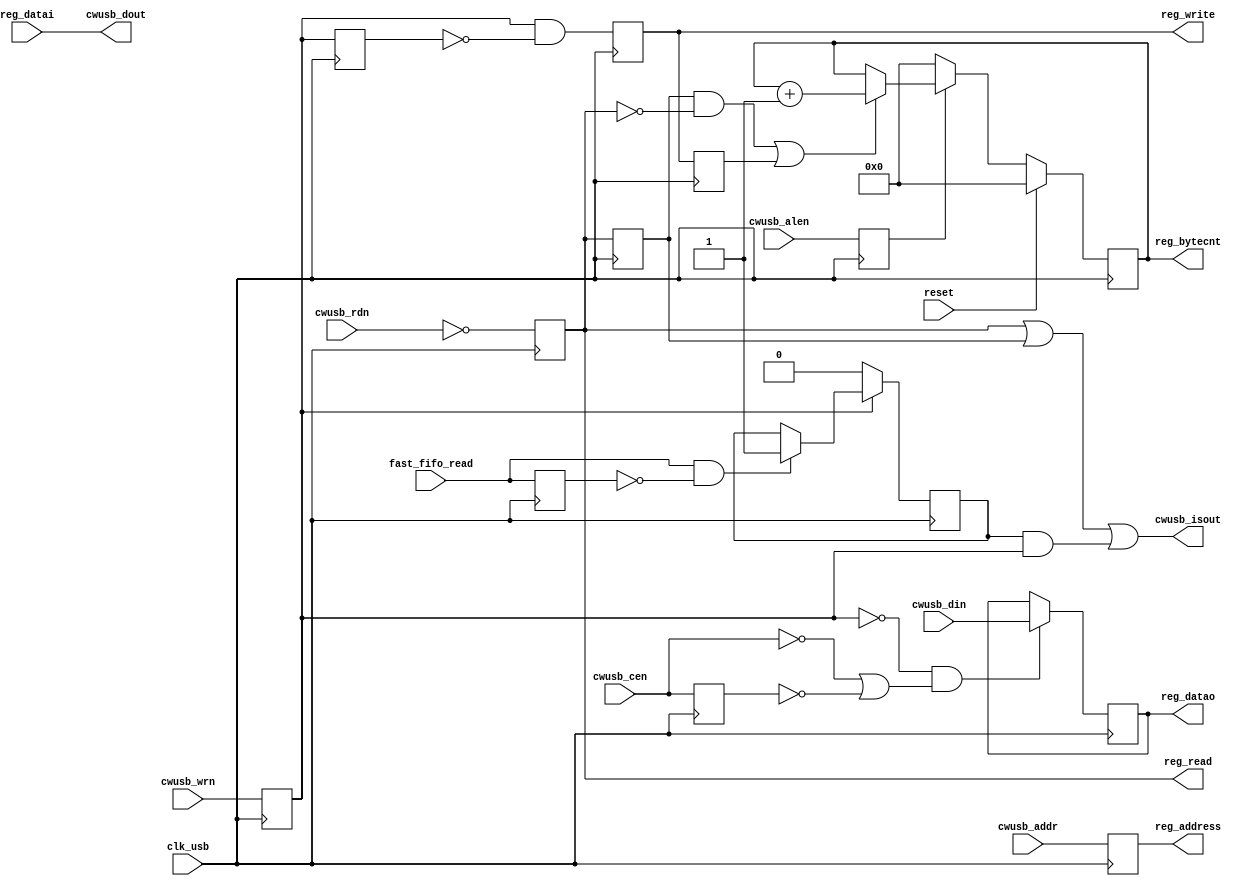
`default_nettype none
`timescale 1ns / 1ps
/***********************************************************************
This file is part of the ChipWhisperer Project. See www.newae.com for more
details, or the codebase at http://www.chipwhisperer.com

Copyright (c) 2019-2021, NewAE Technology Inc. All rights reserved.
Author: Jean-Pierre Thibault <jpthibault@newae.com>

  chipwhisperer is free software: you can redistribute it and/or modify
  it under the terms of the GNU General Public License as published by
  the Free Software Foundation, either version 3 of the License, or
  (at your option) any later version.

  chipwhisperer is distributed in the hope that it will be useful,
  but WITHOUT ANY WARRANTY; without even the implied warranty of
  MERCHANTABILITY or FITNESS FOR A PARTICULAR PURPOSE.  See the
  GNU Lesser General Public License for more details.

  You should have received a copy of the GNU General Public License
  along with chipwhisperer.  If not, see <http://www.gnu.org/licenses/>.
*************************************************************************/

module usb_reg_main #(
   parameter pBYTECNT_SIZE = 7,
   parameter pUSE_ALE = 1
)(
   input  wire         clk_usb,
   input  wire         reset,

   /* Interface to ChipWhisperer-Lite USB Chip */
   input  wire [7:0]   cwusb_din,
   output wire [7:0]   cwusb_dout,
   output wire         cwusb_isout,
   input  wire [7:0]   cwusb_addr,
   input  wire         cwusb_rdn,
   input  wire         cwusb_wrn,
   input  wire         cwusb_cen,
   input  wire         cwusb_alen,

 /* Interface to registers */
   input  wire         fast_fifo_read,
   output reg  [7:0]   reg_address,  // Address of register
   output reg  [pBYTECNT_SIZE-1:0]  reg_bytecnt,  // Current byte count
   output reg  [7:0]   reg_datao,    // Data to write
   input  wire [7:0]   reg_datai,    // Data to read
   output wire         reg_read,     // Read flag. One clock cycle AFTER this flag is high
                                     // valid data must be present on the reg_datai bus
   output reg          reg_write     // Write flag. When high on rising edge valid data is
                                     // present on reg_datao
);


   reg isoutreg = 1'b0;
   reg isoutregdly = 1'b0;
   reg cwusb_wrn_rs, cwusb_wrn_rs_dly;
   reg cwusb_cen_r;
   reg cwusb_alen_r;
   reg reg_write_dly;
   reg drive_data_out = 1'b0;
   reg fast_fifo_read_r;

   // note: could possibly be simplified, and delays reduced?
   always @(posedge clk_usb) begin
      isoutreg <= ~cwusb_rdn;
      isoutregdly <= isoutreg;

      cwusb_alen_r <= cwusb_alen;
      cwusb_cen_r <= cwusb_cen;

      cwusb_wrn_rs <= cwusb_wrn;
      cwusb_wrn_rs_dly <= cwusb_wrn_rs;
      reg_write <= cwusb_wrn_rs & ~cwusb_wrn_rs_dly;
   end


   assign reg_read = isoutreg;
   assign cwusb_dout = reg_datai;

   //Don't immediatly turn off output drivers
   assign cwusb_isout = isoutreg | isoutregdly | (drive_data_out & cwusb_wrn_rs);

   // for fast FIFO reading, we need to talk hold of the data bus; we only
   // give it up when we see a write start:
   always @(posedge clk_usb) begin
      fast_fifo_read_r <= fast_fifo_read;
      reg_address <= cwusb_addr;

      // Used to consider only cwusb_wrn_rs and cwusb_cen; then proper
      // register read/write started failing on a frequent number of bitfiles.
      // Wasn't able to confirm (with ILAs) that this was the issue, but after
      // adding cwusb_cen_r no more "bad bitfiles" were encountered:
      if (~cwusb_wrn_rs & (~cwusb_cen | ~cwusb_cen_r))
         reg_datao <= cwusb_din;

      if (~cwusb_wrn_rs)
         drive_data_out <= 1'b0;
      else if (fast_fifo_read & ~fast_fifo_read_r)
         drive_data_out <= 1'b1;
   end

   // Byte count block. We need to increment after a read or after a write
   always @(posedge clk_usb) reg_write_dly <= reg_write;

   always @(posedge clk_usb) begin
      if (reset)
         reg_bytecnt <= 0;
      else if (pUSE_ALE? ~cwusb_alen_r : (reg_address != cwusb_addr)) begin
         reg_bytecnt <= 0;
      end else if ((isoutregdly & !isoutreg) || (reg_write_dly) ) begin
         //roll-over is allowed (only access to use it is FIFO read, where we
         //only look at reg_bytecnt % 4)
         reg_bytecnt <= reg_bytecnt + 1;
      end
   end


   `ifdef ILA_USB
       ila_usb U_ila_usb (
	    .clk            (clk_usb),      // input wire clk
	    .probe0         (cwusb_din),    // input wire [7:0]  probe0  
	    .probe1         (cwusb_dout),   // input wire [7:0]  probe1 
	    .probe2         (cwusb_isout),  // input wire [0:0]  probe2 
	    .probe3         (cwusb_addr),   // input wire [7:0]  probe3 
	    .probe4         (cwusb_rdn),    // input wire [0:0]  probe4 
	    .probe5         (cwusb_wrn),    // input wire [0:0]  probe5 
	    .probe6         (cwusb_cen),    // input wire [0:0]  probe6 
	    .probe7         (reg_address),  // input wire [7:0]  probe7 
	    .probe8         (reg_bytecnt),  // input wire [6:0]  probe8 
	    .probe9         (reg_datao),    // input wire [7:0]  probe9
            .probe10        (reg_datai),    // input wire [7:0]  probe10
            .probe11        (reg_read),     // input wire [0:0]  probe11
            .probe12        (reg_write),    // input wire [0:0]  probe12
            .probe13        (fast_fifo_read),// input wire [0:0]  probe13
            .probe14        (drive_data_out)// input wire [0:0]  probe14
       );
   `endif

   `ifdef ILA_USB_LITE
       //wire fifo_read_address = (reg_address == `ADCREAD_ADDR);
       ila_usb_lite U_ila_usb (
	    .clk            (clk_usb),      // input wire clk
	    //.probe0         (cwusb_dout),   // input wire [7:0]  probe0 
	    .probe0         (reg_datao),    // input wire [7:0]  probe0 
	    .probe1         (cwusb_isout),  // input wire [0:0]  probe1 
	    .probe2         (cwusb_rdn),    // input wire [0:0]  probe2 
	    .probe3         (cwusb_wrn),    // input wire [0:0]  probe3 
	    .probe4         (cwusb_cen),    // input wire [0:0]  probe4 
            .probe5         (reg_read),     // input wire [0:0]  probe5
            .probe6         (reg_write),    // input wire [0:0]  probe6
            .probe7         (fast_fifo_read),// input wire [0:0]  probe7
            .probe8         (drive_data_out),// input wire [0:0]  probe8
            //.probe9         (fifo_read_address)// input wire [0:0]  probe9
            //.probe9         (reg_address)    // input wire [7:0]  probe9
            .probe9         (cwusb_dout)     // input wire [7:0]  probe9
       );
   `endif


endmodule

`default_nettype wire